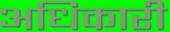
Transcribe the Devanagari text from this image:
अधिकारी